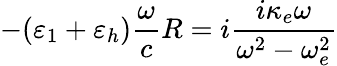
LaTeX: -(\varepsilon_{1}+\varepsilon_{h})\frac{\omega}{c}R=i\frac{i\kappa_{e}\omega}{\omega^{2}-\omega_{e}^{2}}